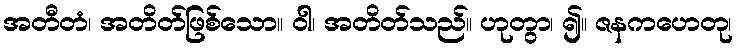
အတီတံ၊ အတိတ်ဖြစ်သော။ ဝါ၊ အတိတ်သည်။ ဟုတွာ၊ ၍။ ဇနကဟေတု၊